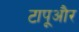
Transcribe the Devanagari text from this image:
टापूऔर